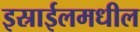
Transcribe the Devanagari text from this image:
इस्राईलमधील